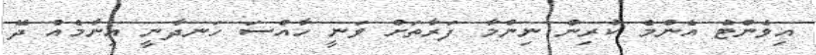
އިވެންޓް އެންމެ ކުރިން ނިންމާ ފަރާތަށް ވަނީ ހާއްސަ ހަނދާނީ އިނާމެއް ދޭ